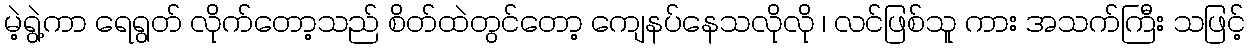
မဲ့ရွဲ့ကာ ရေရွတ် လိုက်တော့သည် စိတ်ထဲတွင်တော့ ကျေနပ်နေသလိုလို ၊ လင်ဖြစ်သူ ကား အသက်ကြီး သဖြင့်